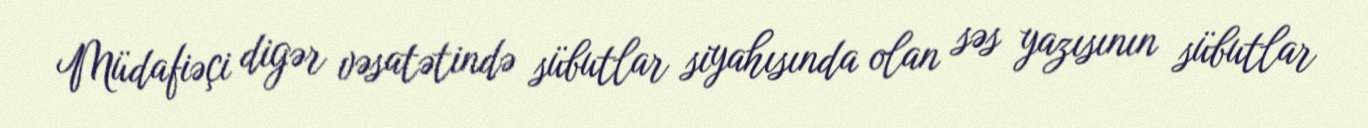
Müdafiəçi digər vəsatətində sübutlar siyahısında olan səs yazısının sübutlar